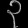
Digit: ၃